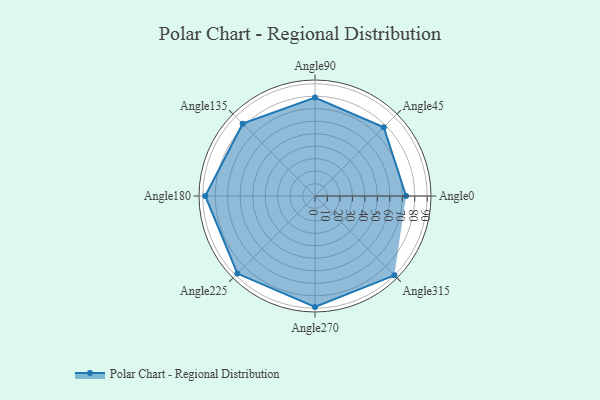
{"axis": {"x": "Angle", "y": "Radius"}, "legend": [""], "data": [{"x": "Angle0", "y": 73.0, "type": ""}, {"x": "Angle45", "y": 78.0, "type": ""}, {"x": "Angle90", "y": 79.0, "type": ""}, {"x": "Angle135", "y": 82.0, "type": ""}, {"x": "Angle180", "y": 88.0, "type": ""}, {"x": "Angle225", "y": 88.0, "type": ""}, {"x": "Angle270", "y": 89.0, "type": ""}, {"x": "Angle315", "y": 90.0, "type": ""}]}